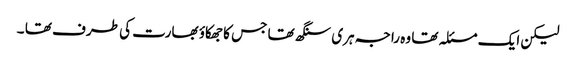
لیکن ایک مسئلہ تھا وہ راجہ ہری سنگھ تھا جس کا جھکاؤ بھارت کی طرف تھا ۔